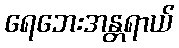
ရေဘေးအန္တရာယ်